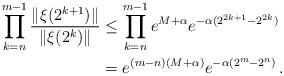
LaTeX: \begin{align*}\prod_{k=n}^{m-1}\frac{\|\xi(2^{k+1})\|}{\|\xi(2^k)\|}&\leq\prod_{k=n}^{m-1}e^{M+\alpha} e^{-\alpha(2^{2k+1}-2^{2k})}\\&=e^{(m-n)(M+\alpha)} e^{-\alpha (2^m-2^n)}\,.\end{align*}